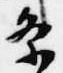
条